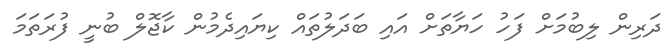
ދަރިން ލިބުމަށް ފަހު ހަޔާތަށް އައި ބަދަލުތައް ކިޔައިދެމުން ކާޖޮލް ބުނީ ފުރަތަމަ